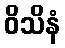
ဝိသိနံ